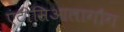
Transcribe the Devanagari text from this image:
एंटीसिआलागौग